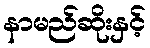
နာမည်ဆိုးနှင့်